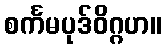
စင်္ကမပုဒ်ဝိဂ္ဂဟ။